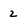
Character: 2